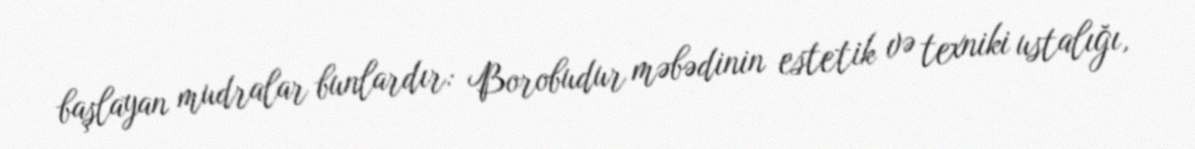
başlayan mudralar bunlardır: Borobudur məbədinin estetik və texniki ustalığı,